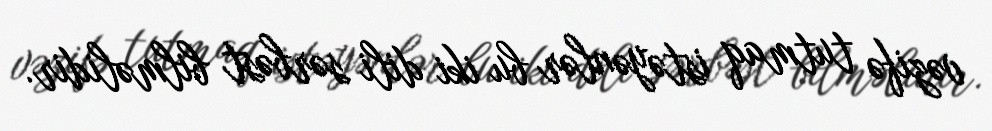
vəzifə tutmaq istəyənlər bu iki dili sərbəst bilməlidir.